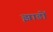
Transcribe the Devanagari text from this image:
झाडों